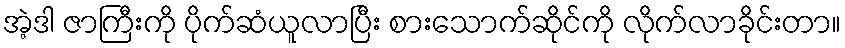
အဲ့ဒါ ဇာကြီးကို ပိုက်ဆံယူလာပြီး စားသောက်ဆိုင်ကို လိုက်လာခိုင်းတာ။